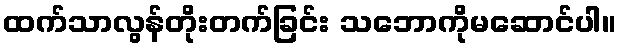
ထက်သာလွန်တိုးတက်ခြင်း သဘောကိုမဆောင်ပါ။